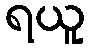
ရယူ